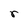
Character: r